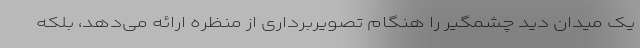
یک میدان دید چشمگیر را هنگام تصویربرداری از منظره ارائه می‌دهد، بلکه